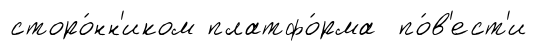
сторо́нн'иком платфо́рма по́в'ест'и